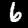
Label: 6